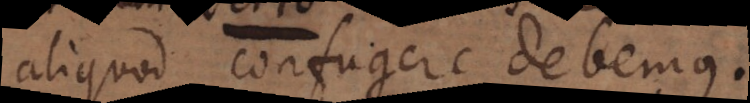
aliquod confugere debemus.